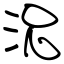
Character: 況